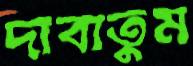
দাবাতুম